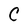
Character: C